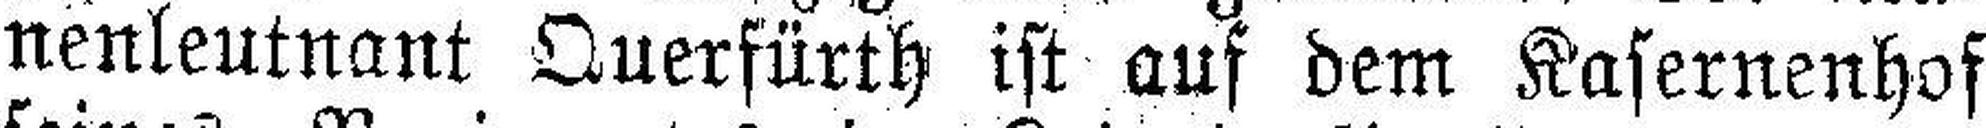
nenleutnant Querfürth ist auf dem Kasernenhof